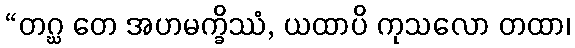
“တဂ္ဃ တေ အဟမက္ခိဿံ, ယထာပိ ကုသလော တထာ၊